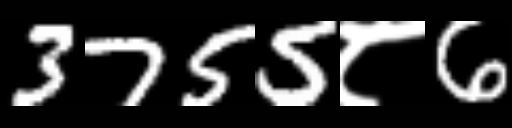
Text: 3755८6